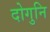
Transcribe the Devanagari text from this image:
दोगुनि